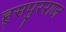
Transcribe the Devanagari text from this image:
हूसपुरराज